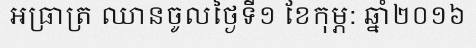
អធ្រាត្រ ឈានចូលថ្ងៃទី១ ខែកុម្ភ: ឆ្នាំ២០១៦